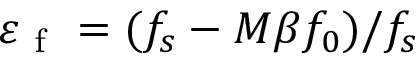
\varepsilon _ { \mathrm { ~ f ~ } } = ( f _ { s } - M \beta f _ { 0 } ) / f _ { s }